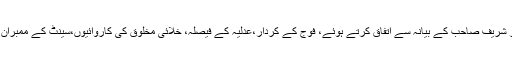
میرے دوست سینئر صحافی اور کچھ دوسرے صحافی حضرات نے نواز شریف صاحب کے بیانہ سے اتفاق کرتے ہوئے، فوج کے کردار،عدلیہ کے فیصلہ، خلائی مخلوق کی کاروائیوں،سینٹ کے ممبران کے چناؤاور سینیٹ کے انتخابات، اور موجودہ الیکشن پر بحث بھی کی۔